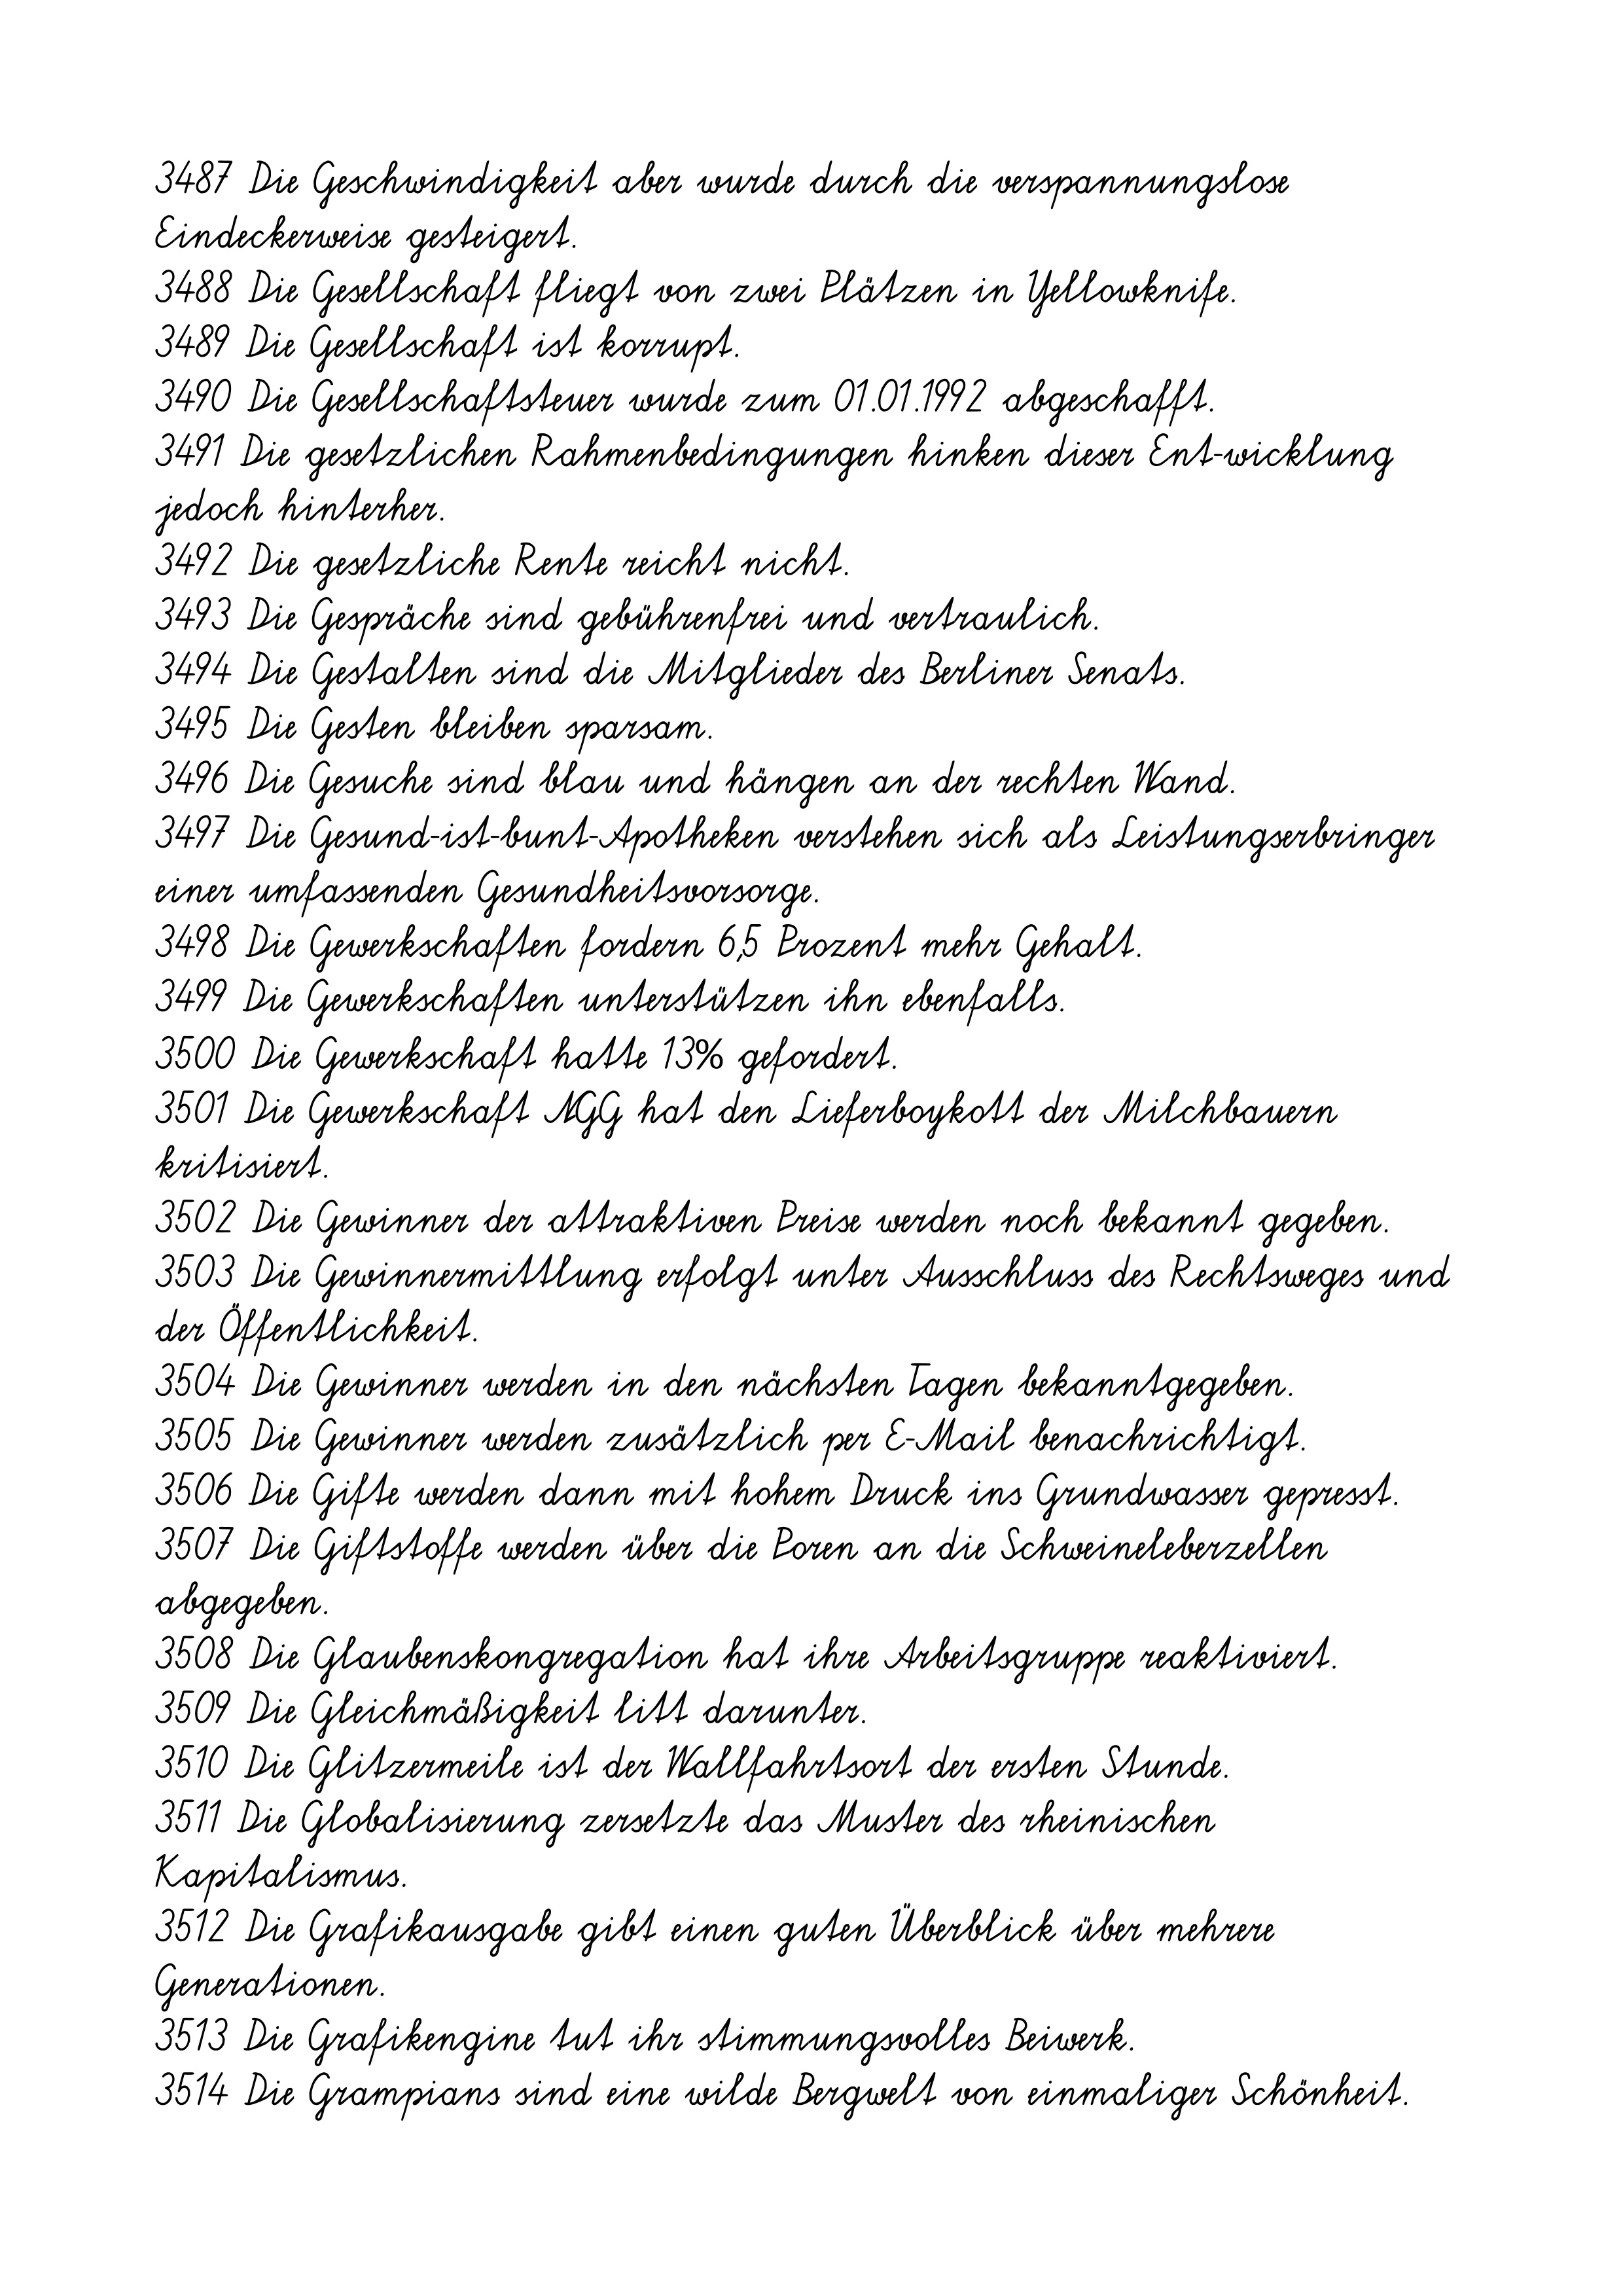
3487 Die Geschwindigkeit aber wurde durch die verspannungslose
Eindeckerweise gesteigert.
3488 Die Gesellschaft fliegt von zwei Plätzen in Yellowknife.
3489 Die Gesellschaft ist korrupt.
3490 Die Gesellschaftsteuer wurde zum 01.01.1992 abgeschafft.
3491 Die gesetzlichen Rahmenbedingungen hinken dieser Ent-wicklung
jedoch hinterher.
3492 Die gesetzliche Rente reicht nicht.
3493 Die Gespräche sind gebührenfrei und vertraulich.
3494 Die Gestalten sind die Mitglieder des Berliner Senats.
3495 Die Gesten bleiben sparsam.
3496 Die Gesuche sind blau und hängen an der rechten Wand.
3497 Die Gesund-ist-bunt-Apotheken verstehen sich als Leistungserbringer
einer umfassenden Gesundheitsvorsorge.
3498 Die Gewerkschaften fordern 6,5 Prozent mehr Gehalt.
3499 Die Gewerkschaften unterstützen ihn ebenfalls.
3500 Die Gewerkschaft hatte 13% gefordert.
3501 Die Gewerkschaft NGG hat den Lieferboykott der Milchbauern
kritisiert.
3502 Die Gewinner der attraktiven Preise werden noch bekannt gegeben.
3503 Die Gewinnermittlung erfolgt unter Ausschluss des Rechtsweges und
der Öffentlichkeit.
3504 Die Gewinner werden in den nächsten Tagen bekanntgegeben.
3505 Die Gewinner werden zusätzlich per E-Mail benachrichtigt.
3506 Die Gifte werden dann mit hohem Druck ins Grundwasser gepresst.
3507 Die Giftstoffe werden über die Poren an die Schweineleberzellen
abgegeben.
3508 Die Glaubenskongregation hat ihre Arbeitsgruppe reaktiviert.
3509 Die Gleichmäßigkeit litt darunter.
3510 Die Glitzermeile ist der Wallfahrtsort der ersten Stunde.
3511 Die Globalisierung zersetzte das Muster des rheinischen
Kapitalismus.
3512 Die Grafikausgabe gibt einen guten Überblick über mehrere
Generationen.
3513 Die Grafikengine tut ihr stimmungsvolles Beiwerk.
3514 Die Grampians sind eine wilde Bergwelt von einmaliger Schönheit.